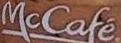
McCafe